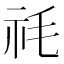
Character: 𮁠